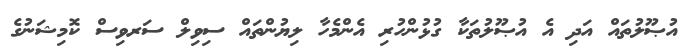
އުޞޫލުތައް އަދި އެ އުޞޫލުތަކާ ގުޅުންހުރި އެންމެހާ ލިޔުންތައް ސިވިލް ސަރވިސް ކޮމިޝަނުގެ